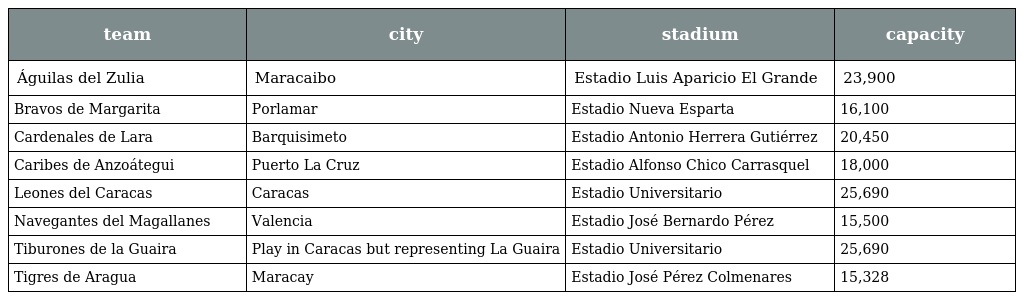
| team | city | stadium | capacity |
 | --- | --- | --- | --- |
 | Águilas del Zulia | Maracaibo | Estadio Luis Aparicio El Grande | 23,900 |
 | Bravos de Margarita | Porlamar | Estadio Nueva Esparta | 16,100 |
 | Cardenales de Lara | Barquisimeto | Estadio Antonio Herrera Gutiérrez | 20,450 |
 | Caribes de Anzoátegui | Puerto La Cruz | Estadio Alfonso Chico Carrasquel | 18,000 |
 | Leones del Caracas | Caracas | Estadio Universitario | 25,690 |
 | Navegantes del Magallanes | Valencia | Estadio José Bernardo Pérez | 15,500 |
 | Tiburones de la Guaira | Play in Caracas but representing La Guaira | Estadio Universitario | 25,690 |
 | Tigres de Aragua | Maracay | Estadio José Pérez Colmenares | 15,328 |